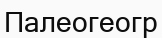
Палеогеогр